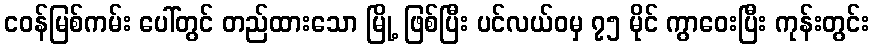
ငဝန်မြစ်ကမ်း ပေါ်တွင် တည်ထားသော မြို့ ဖြစ်ပြီး ပင်လယ်ဝမှ ၇၅ မိုင် ကွာဝေးပြီး ကုန်းတွင်း